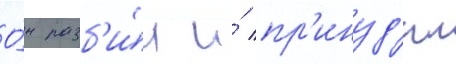
О́н разб'и́л и́ пр'инуд'ил